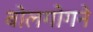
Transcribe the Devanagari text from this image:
बोलगोगने